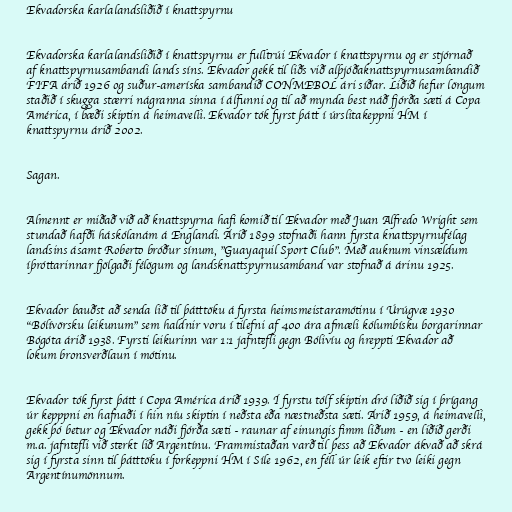
Ekvadorska karlalandsliðið í knattspyrnu

Ekvadorska karlalandsliðið í knattspyrnu er fulltrúi Ekvador í knattspyrnu og er stjórnað
af knattspyrnusambandi lands síns. Ekvador gekk til liðs við alþjóðaknattspyrnusambandið
FIFA árið 1926 og suður-ameríska sambandið CONMEBOL ári síðar. Liðið hefur löngum
staðið í skugga stærri nágranna sinna í álfunni og til að mynda best náð fjórða sæti á Copa
América, í bæði skiptin á heimavelli. Ekvador tók fyrst þátt í úrslitakeppni HM í
knattspyrnu árið 2002.

Sagan.

Almennt er miðað við að knattspyrna hafi komið til Ekvador með Juan Alfredo Wright sem
stundað hafði háskólanám á Englandi. Árið 1899 stofnaði hann fyrsta knattspyrnufélag
landsins ásamt Roberto bróður sínum, "Guayaquil Sport Club". Með auknum vinsældum
íþróttarinnar fjölgaði félögum og landsknattspyrnusamband var stofnað á árinu 1925.

Ekvador bauðst að senda lið til þátttöku á fyrsta heimsmeistaramótinu í Úrúgvæ 1930
"Bólívörsku leikunum" sem haldnir voru í tilefni af 400 ára afmæli kólumbísku borgarinnar
Bógóta árið 1938. Fyrsti leikurinn var 1:1 jafntefli gegn Bólivíu og hreppti Ekvador að
lokum bronsverðlaun í mótinu.

Ekvador tók fyrst þátt í Copa América árið 1939. Í fyrstu tólf skiptin dró liðið sig í þrígang
úr kepppni en hafnaði í hin níu skiptin í neðsta eða næstneðsta sæti. Árið 1959, á heimavelli,
gekk þó betur og Ekvador náði fjórða sæti - raunar af einungis fimm liðum - en liðið gerði
m.a. jafntefli við sterkt lið Argentínu. Frammistaðan varð til þess að Ekvador ákvað að skrá
sig í fyrsta sinn til þátttöku í forkeppni HM í Síle 1962, en féll úr leik eftir tvo leiki gegn
Argentínumönnum.